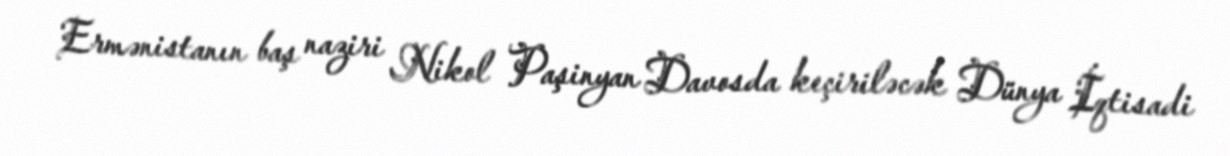
Ermənistanın baş naziri Nikol Paşinyan Davosda keçiriləcək Dünya İqtisadi